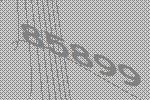
85899